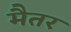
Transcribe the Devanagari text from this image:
मैतर